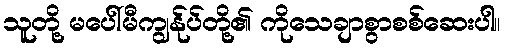
သူတို့ မပေါ်မီကျွန်ုပ်တို့၏ ကိုသေချာစွာစစ်ဆေးပါ။